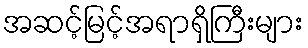
အဆင့်မြင့်အရာရှိကြီးများ